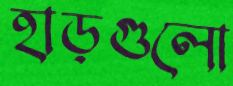
হাড়গুলো